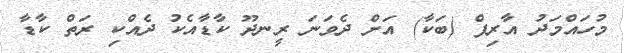
މުހައްމަދު އާރިފް (ބަކާ) އަށް ދެވަނަ ރީނދޫ ކާޑާއެކު ދެއްކި ރަތް ކާޑާ